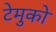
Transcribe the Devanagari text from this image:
टेमुको